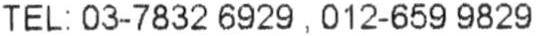
TEL : 03-7832 6929 , 012-659 9829